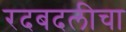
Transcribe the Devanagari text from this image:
रदबदलीचा